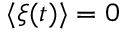
\langle \xi ( t ) \rangle = 0